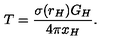
T = \frac { \sigma ( r _ { H } ) G _ { H } } { 4 \pi x _ { H } } .